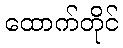
ထောက်တိုင်